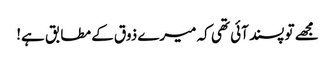
مجھے تو پسند آئی تھی کہ میرے ذوق کے مطابق ہے!